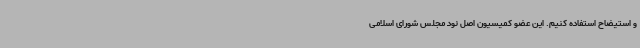
و استیضاح استفاده کنیم. این عضو کمیسیون اصل نود مجلس شورای اسلامی